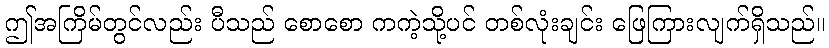
ဤအကြိမ်တွင်လည်း ပီသည် စောစော ကကဲ့သို့ပင် တစ်လုံးချင်း ဖြေကြားလျက်ရှိသည်။